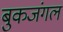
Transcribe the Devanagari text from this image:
बुकजंगल